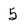
Character: 5